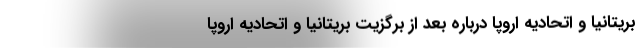
بریتانیا و اتحادیه اروپا درباره بعد از برگزیت بریتانیا و اتحادیه اروپا